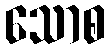
သောစ